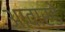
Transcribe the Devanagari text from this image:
आवार्डे